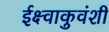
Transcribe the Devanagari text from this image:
ईक्ष्वाकुवंशी